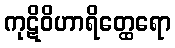
ကုဋိဝိဟာရိတ္ထေရော